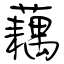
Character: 藕